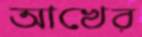
আখের